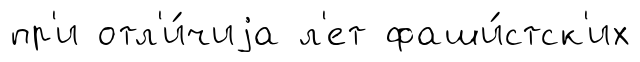
пр'и отл'и́чиjа л'ет фаши́стск'их